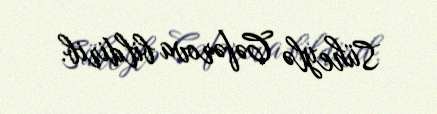
Süheylə Cəfərova bildirib.